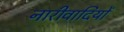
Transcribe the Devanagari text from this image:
नारीवादियों